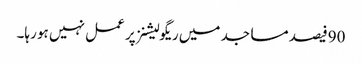
90فیصد مساجد میں ریگولیشنز پر عمل نہیں ہو رہا۔